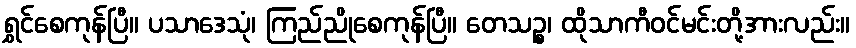
ရွှင်စေကုန်ပြီ။ ပသာဒေသုံ၊ ကြည်ညိုစေကုန်ပြီ။ တေသဉ္စ၊ ထိုသာကီဝင်မင်းတို့အားလည်း။